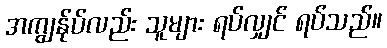
အကျွန်ုပ်လည်း သူများ ရပ်လျှင် ရပ်သည်။